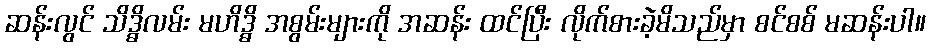
ဆန်းလွင် သိဒ္ဓိလမ်း မဟိဒ္ဓိ အစွမ်းများကို အဆန်း ထင်ပြီး လိုက်စားခဲ့မိသည်မှာ စင်စစ် မဆန်းပါ။